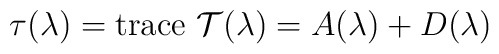
\tau(\lambda) = \hbox{\rm trace}\ {\cal T}(\lambda)                  = A(\lambda) + D(\lambda)